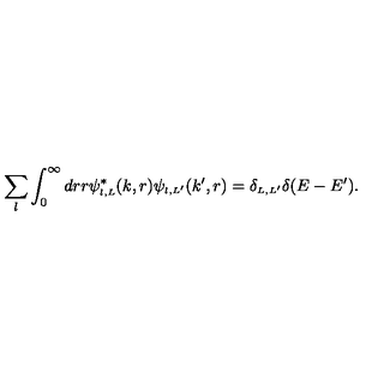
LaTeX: \sum _ { l } \int _ { 0 } ^ { \infty } d r r \psi _ { \scriptscriptstyle { l , L } } ^ { \ast } ( k , r ) \psi _ { \scriptscriptstyle { l , L ^ { \prime } } } ( k ^ { \prime } , r ) = \delta _ { \scriptscriptstyle { L , L ^ { \prime } } } \delta ( E - E ^ { \prime } ) .